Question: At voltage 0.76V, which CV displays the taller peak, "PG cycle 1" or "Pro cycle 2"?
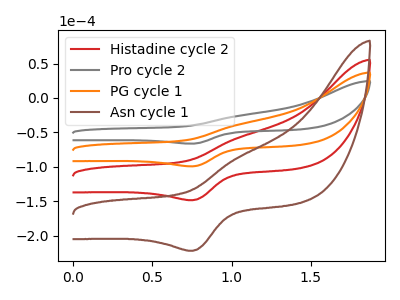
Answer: <think>The red curve "Histadine cycle 2" has an anodic peak at (1.05V, -77.45uA) and a cathodic peak at (0.75V, -198.80uA). The gray curve "Pro cycle 2" has an anodic peak at (1.05V, -25.90uA) and a cathodic peak at (0.75V, -66.50uA). The orange curve "PG cycle 1" has an anodic peak at (1.05V, -38.70uA) and a cathodic peak at (0.75V, -99.40uA). The brown curve "Asn cycle 1" has an anodic peak at (1.05V, -116.15uA) and a cathodic peak at (0.75V, -298.20uA).</think>
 <answer>The peak at 0.76V is higher in "PG cycle 1" than in "Pro cycle 2".</answer>
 <eval>higher</eval>